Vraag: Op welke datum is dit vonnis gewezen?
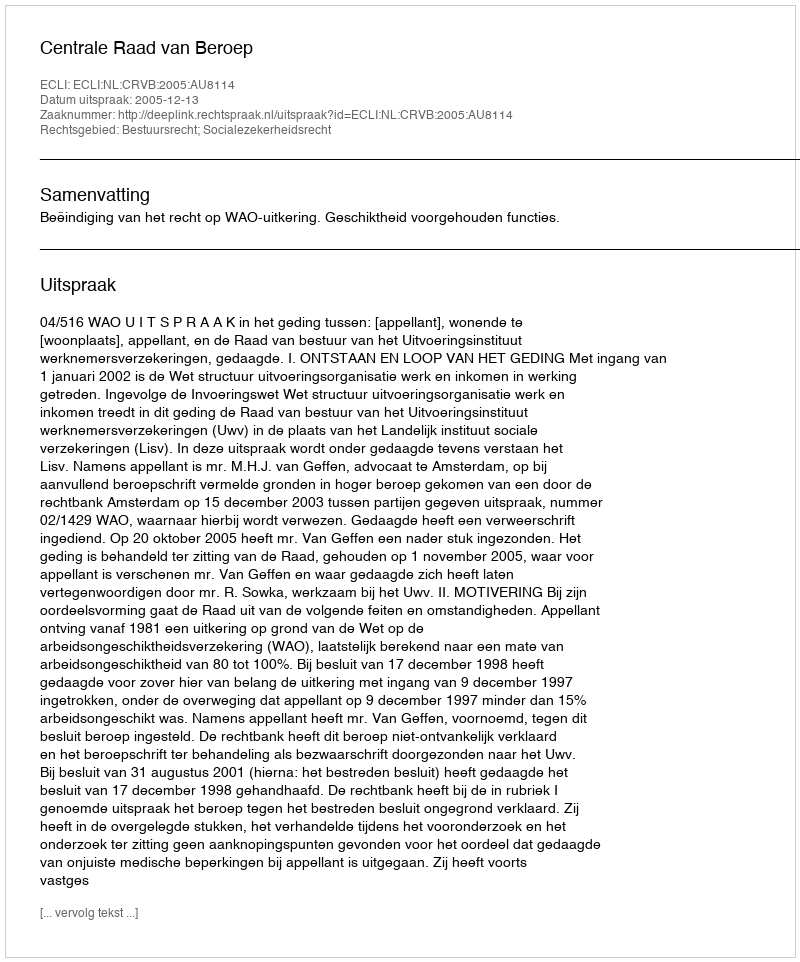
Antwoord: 2005-12-13